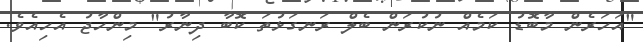
"އަހަރެން މާބޮޑު ކަމެއް ނުކުރަން ބެލް ރަނގަޅުތަ ކޮބާ ދިނާރު" މިންހާޖު އެހިއެވެ.